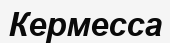
Кермесса